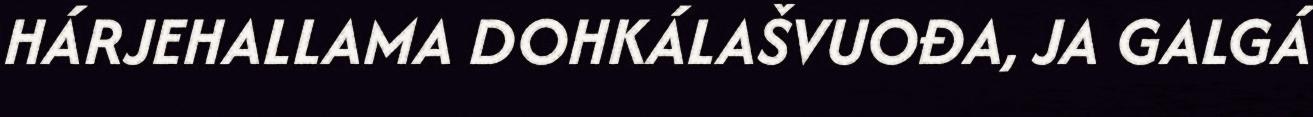
HÁRJEHALLAMA DOHKÁLAŠVUOĐA, JA GALGÁ